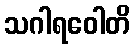
သဂါရဝေါတိ